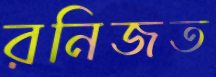
রনিজত